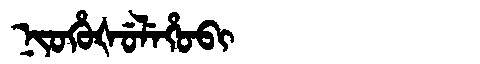
Manchu: ᠨᡳᠣᡥᡠᡧᡠᠯᡝᡥᠣᠪᡳ
Romanization: NIOHUŠULEHOBI